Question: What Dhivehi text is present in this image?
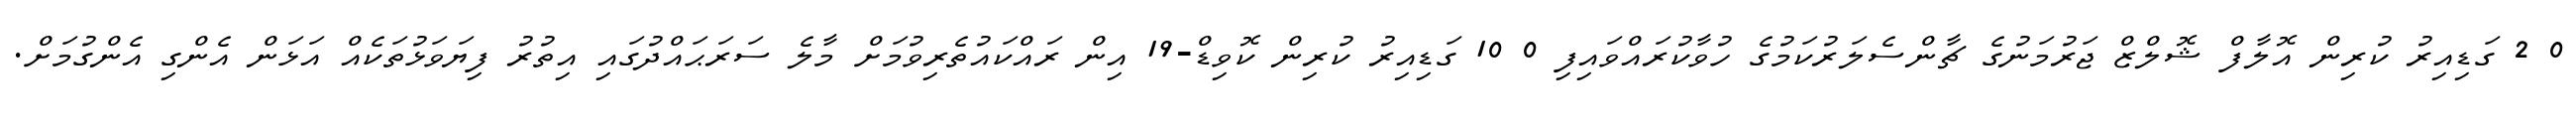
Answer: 0 2 ގަޑިއިރު ކުރިން އޮލާފް ޝޮލްޒް ޖަރުމަނުގެ ޗާންސެލަރުކަމުގެ ހުވާކުރައްވައިފި 0 10 ގަޑިއިރު ކުރިން ކޮވިޑް-19 އިން ރައްކައުތެރިވުމަށް މާލެ ސަރަޙައްދުގައި އިތުރު ފިޔަވަޅުތަކެއް އަޅަން އެންގި އެންގުމަށް.